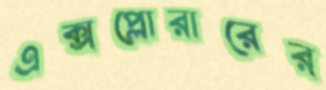
এক্সপ্লোরারের